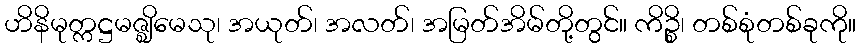
ဟိနိမုတ္ကဋ္ဌမဇ္ဈိမေသု၊ အယုတ်၊ အလတ်၊ အမြတ်အိမ်တို့တွင်။ ကိဉ္စိ၊ တစ်စုံတစ်ခုကို။